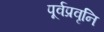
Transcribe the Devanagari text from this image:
पूर्वप्रवृनि